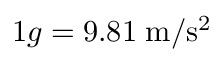
1 g = 9 . 8 1 \; \mathrm { m / s ^ { 2 } }